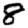
Digit: 8